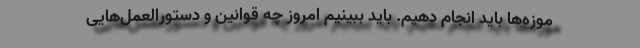
موزه‌ها باید انجام دهیم. باید ببینیم امروز چه قوانین و دستورالعمل‌هایی